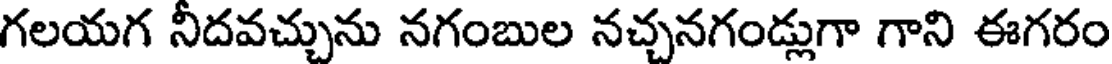
గలయగ నీదవచ్చును నగంబుల నచ్చనగండ్లుగా గాని ఈగరం